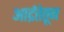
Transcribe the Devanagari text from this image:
आर्द्रतेतून